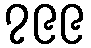
၇၉၉